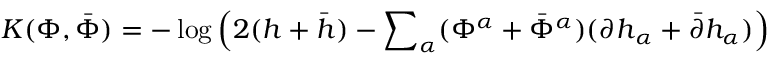
K ( \Phi , { \bar { \Phi } } ) = - \log \left( 2 ( h + { \bar { h } } ) - { \sum } _ { \alpha } ( { \Phi } ^ { \alpha } + { \bar { \Phi } } ^ { \alpha } ) ( { \partial h } _ { \alpha } + { \bar { \partial } } { h } _ { \alpha } ) \right)